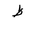
Letter: _za